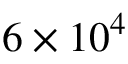
6 \times 1 0 ^ { 4 }